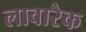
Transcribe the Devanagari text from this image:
लावारैक